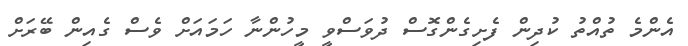
އެންމެ ތުއްތު ކުދިން ފެށިގެންގޮސް ދުވަސްވީ މީހުންނާ ހަމައަށް ވެސް ގެއިން ބޭރަށް